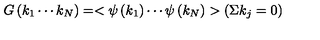
G \left( k _ { 1 } \cdots k _ { N } \right) = < \psi \left( k _ { 1 } \right) \cdots \psi \left( k _ { N } \right) > \left( \Sigma k _ { j } = 0 \right)